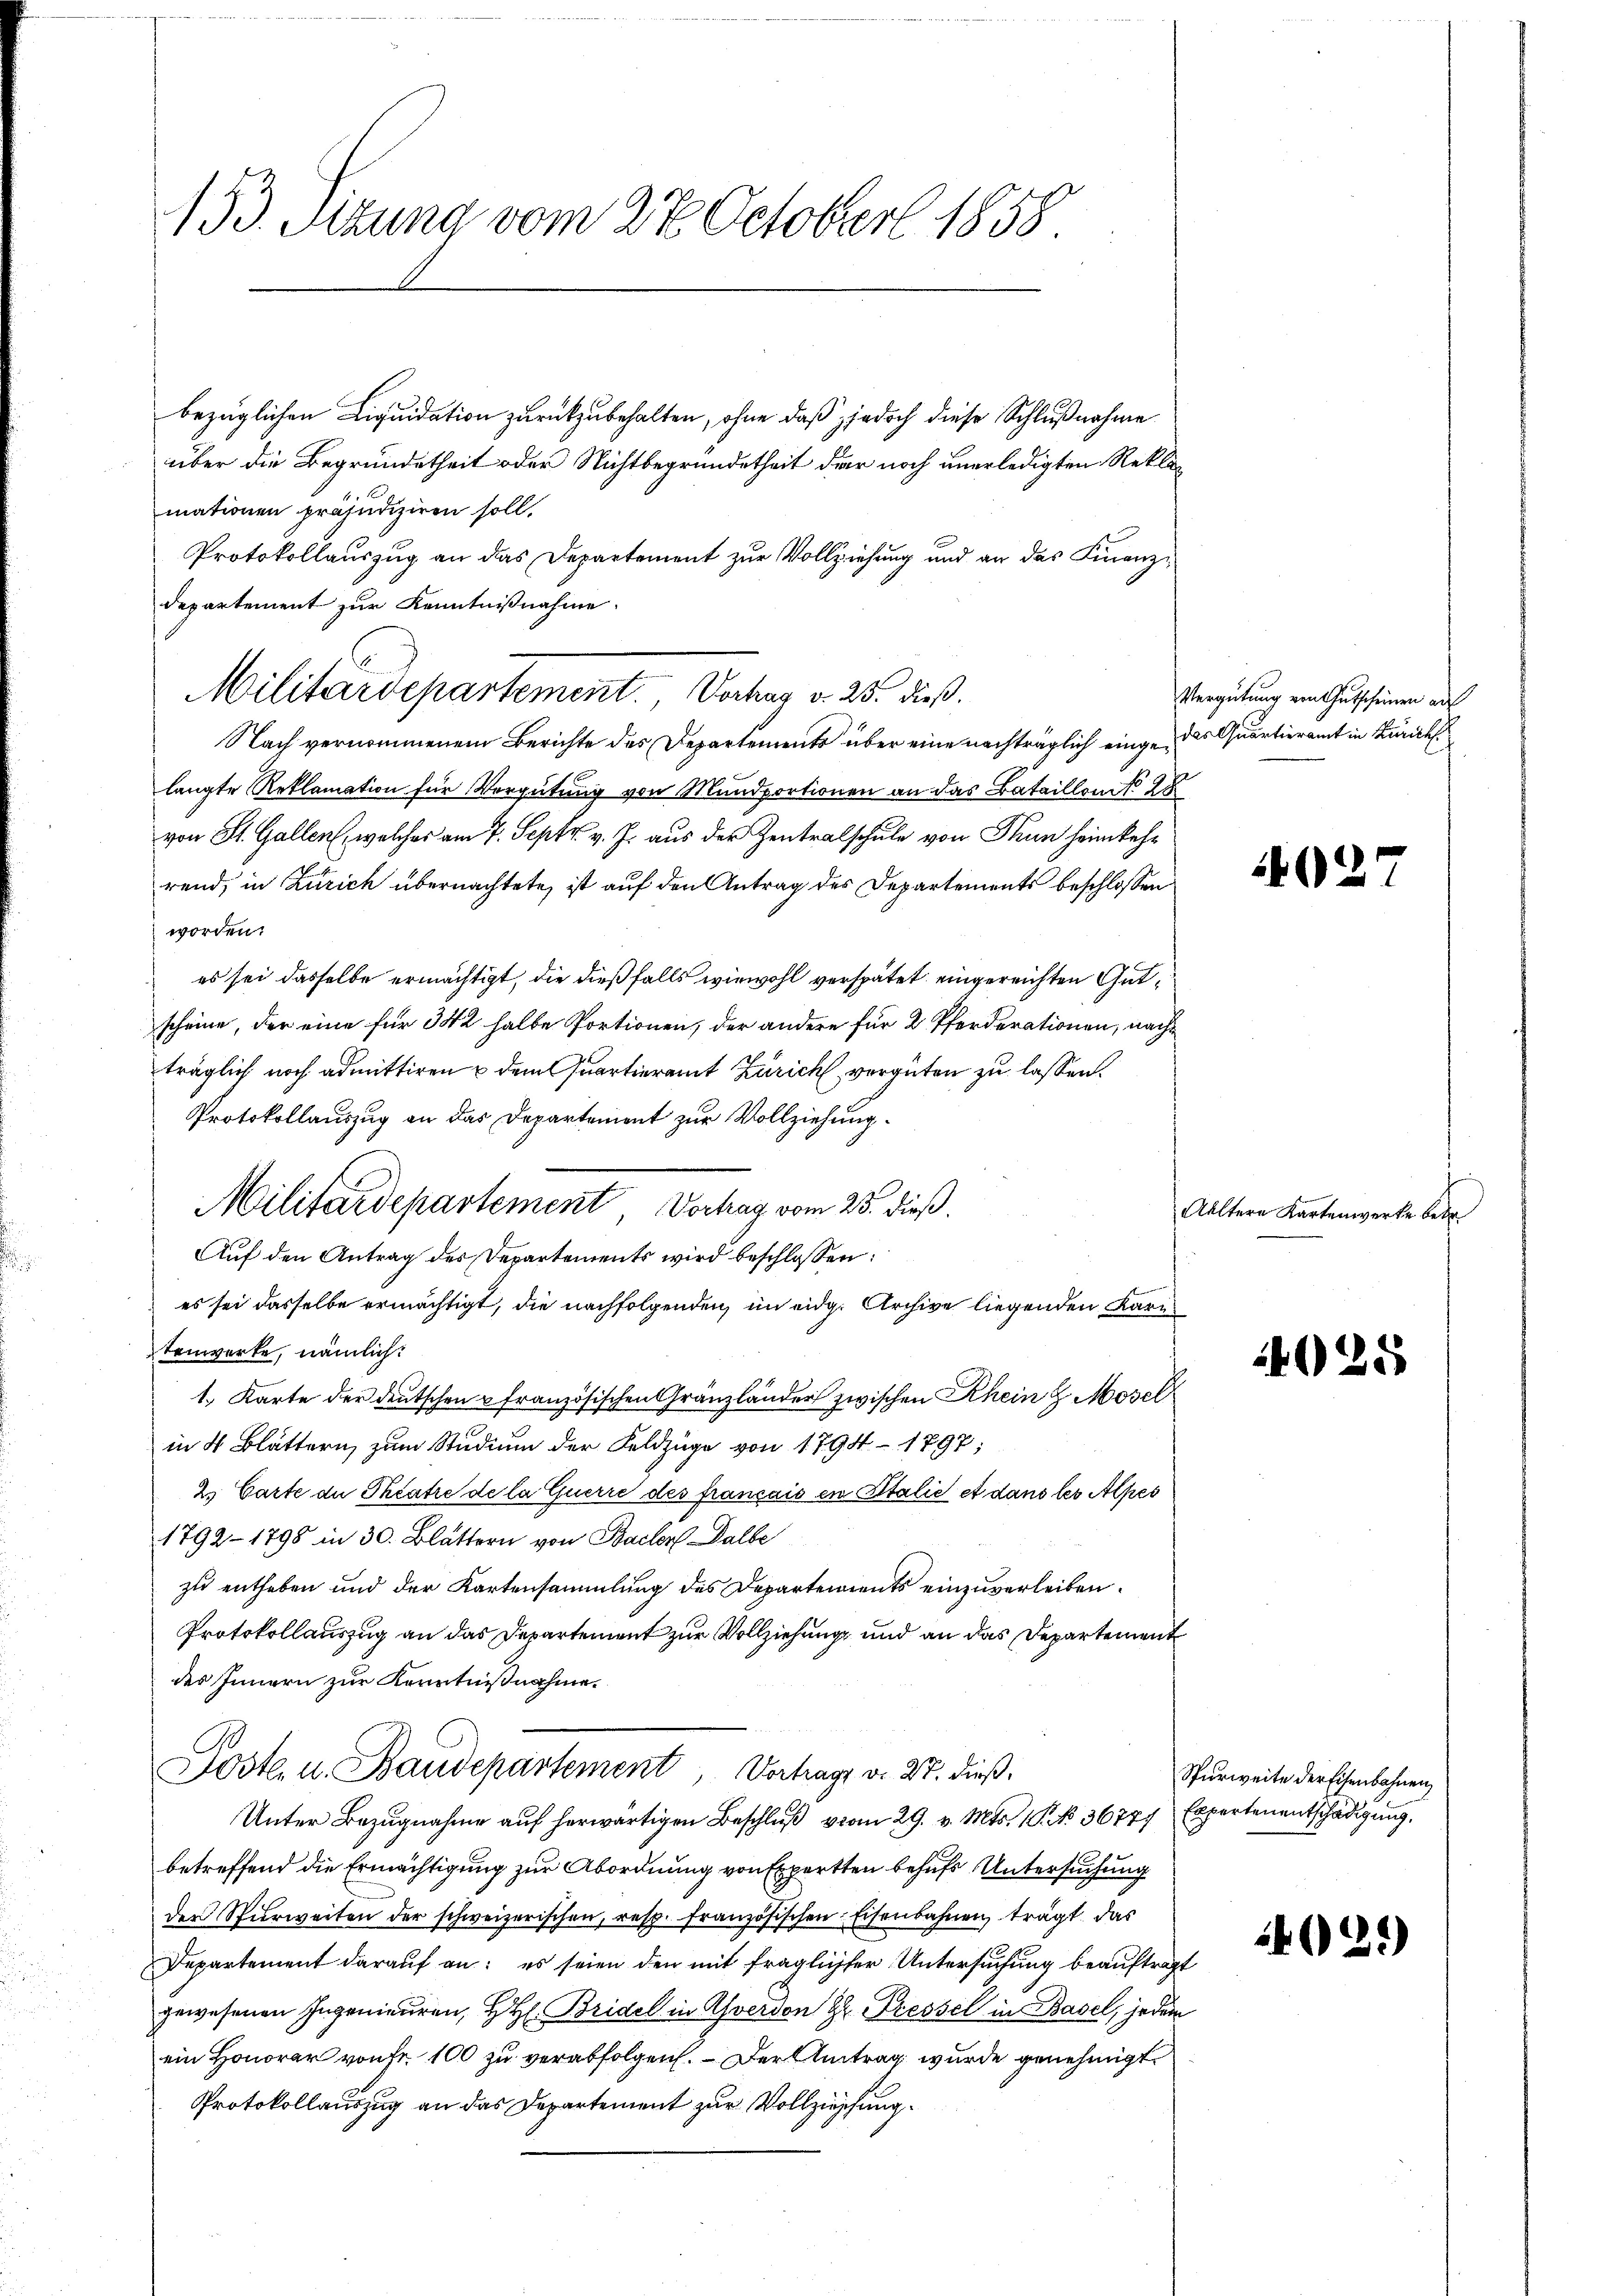
153. Sitzung vom 27. October 1858.

bezüglichen Liquidation zurückzubehalten, ohne daß jedoch diese Schlußnahme
über die Begründetheit oder Nichtbegründetheit der noch unerledigten Reklamationen präjudiziren soll.
Protokollauszug an das Departement zur Vollziehung und an das Finanz¬
Militärdepartement. Vorher v. 25. dieß.
Nach vernommenem Berichte des Departements über eine nachträglich einge, das Quartieramt in Zürich
langte Reklamation für Vergütung von Mundportionen an das Bataillon 28
von St. Gallen, welches am 7. Sept. v. J. aus der Zentralschule von Thun heimkehr
rend, in Zürich übernachtete, ist auf den Antrag des Departements beschlossen
worden.
es sei dasselbe ermächtigt, die dießfalls wiewohl verspätet eingereichten Gutscheine, der eine für 342 halbe Portionen, der andere für 2 Pferderationen, nachträglich noch admittiren & dem Quartieramt Zürich vergüten zu lassen.
Protokollauszug an das Departement zur Vollziehung
Aŭf den Antrag der Departements wird beschlossen:
es sei dasselbe ermächtigt, die nachfolgenden, im eidg. Archive liegenden Kara
tenwerke, nämlich:
1. Karte der deutschen u französischen Gränzländer zwischen Rhein 8 Mosel
in 4 Blättern, zum Studium der Feldzüge von 1794 - 1897;
2. Carte de Theatre de la querre des français in Italie et dans les Alpes
1792. 1798 in 30. Blättern von Bachen Dalbe
zu entheben und der Kartensammlung des Departements einzuverleiben.
Protokollauszug an das Departement zur Vollziehung und an das Departement
des Innern zur Kenntnißnahme.
Poste. u. Baudepartement, Vortrags v. 27. dieß.
Unter Bezugnahme auf herwärtigen Beschluß vom 29. v. Mts. 1. No. 36777 Expertenentschädigung
betreffend die Ermächtigung zur Abordnung von Experten behufs Untersuchung
der Spürweiten der schweizerischen, resp. französischen Eisenbahnen trägt das
Departement darauf an: es seien den mit fraglichter Untersuchung beauftragt
gewesenen Ingenieuren, H. H. Bridel in Averdon Dr. Pressel in Basel, jedem
ein Honorar von Fr. 100 zu verabfolgen. — Der Antrag wurde genehmigt
Protokollauszug an das Departement zur Vollziehung

departement zur Kenntnißnahme.

Militärdepartement Vorhag vom 25. dieß.

Vergütung von Gutscheinen auf

)

Altern Kartenwerke betr

4025

Spurweite der Eisenbahnen,

1429)